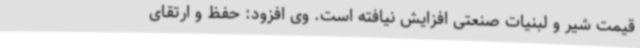
قیمت شیر و لبنیات صنعتی افزایش نیافته است. وی افزود: حفظ و ارتقای